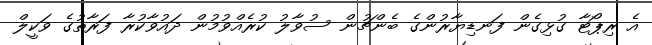
އެ ރިޕޯޓާ ގުޅިގެން ފަނޑިޔާރުންގެ ބެންޗުން ސުވާލު ކުރެއްވުމުން ދައުވާކުރާ ފަރާތުގެ ވަކީލް